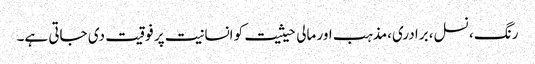
رنگ ، نسل، برادری،مذہب اور مالی حیثیت کو انسانیت پر فوقیت دی جاتی ہے۔